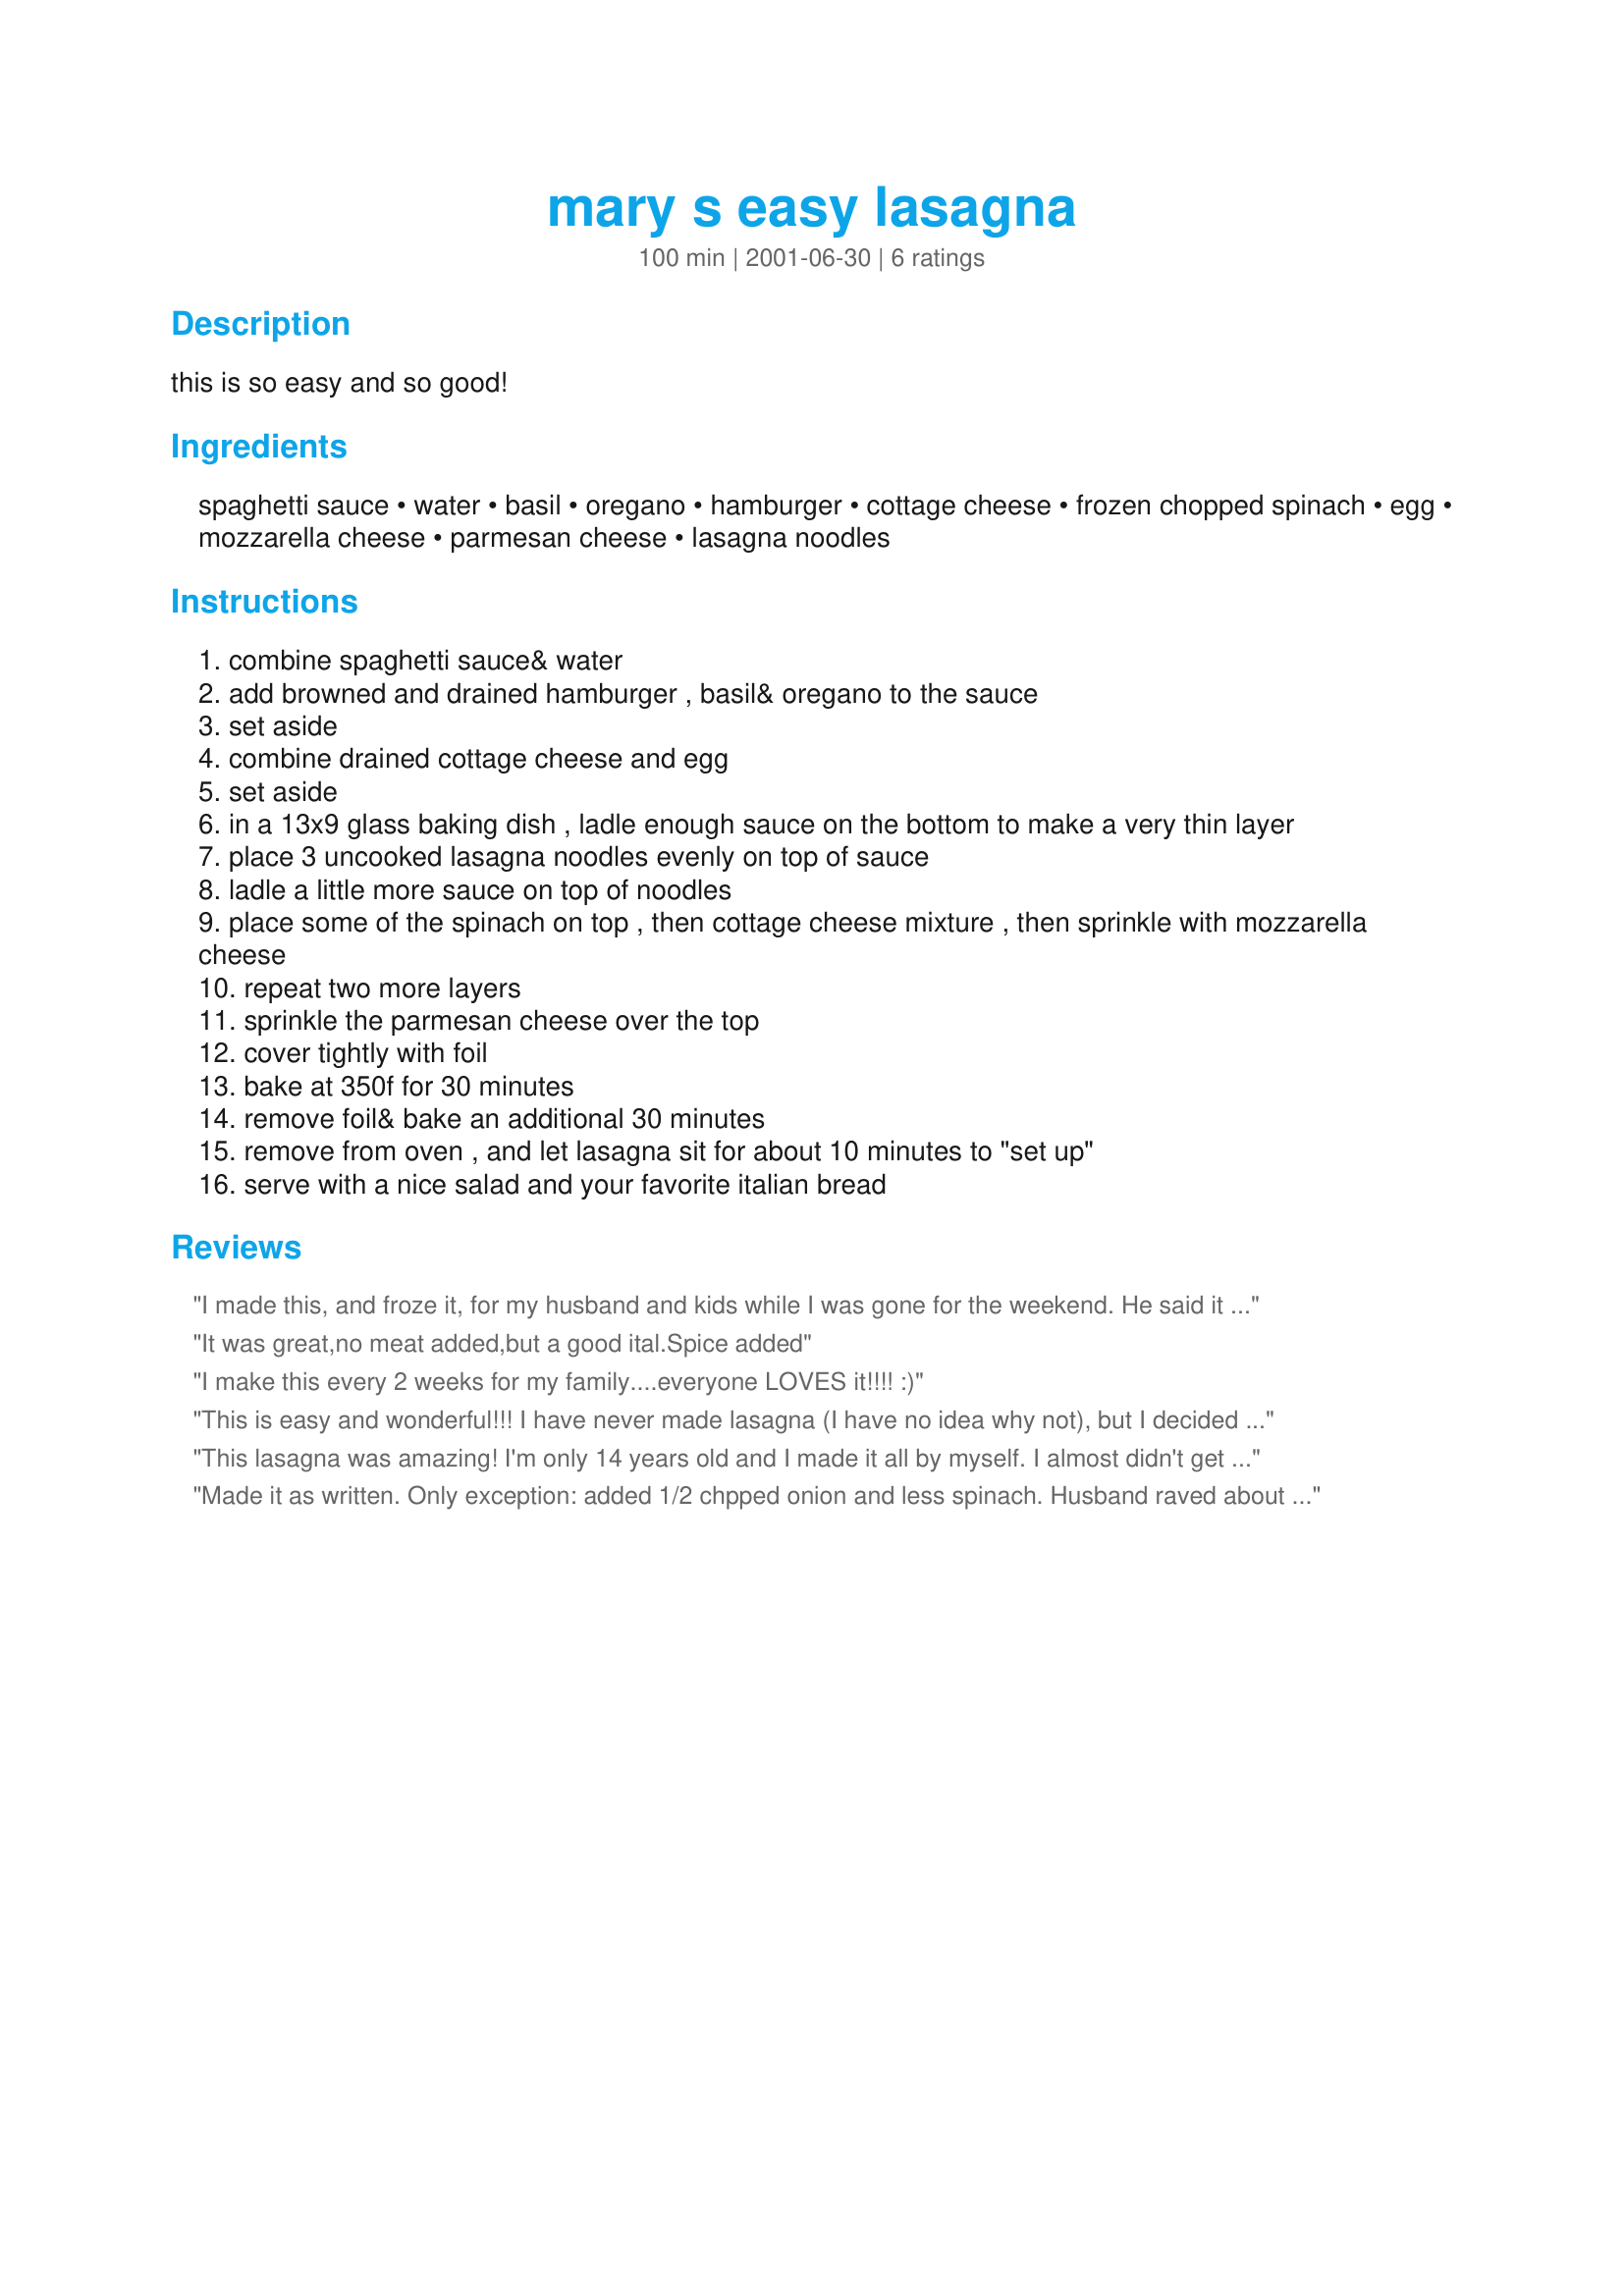
mary s easy lasagna
Preparation time: 100 minutes

this is so easy and so good!

Ingredients:
spaghetti sauce, water, basil, oregano, hamburger, cottage cheese, frozen chopped spinach, egg, mozzarella cheese, parmesan cheese, lasagna noodles

Steps:
combine spaghetti sauce& water
add browned and drained hamburger , basil& oregano to the sauce
set aside
combine drained cottage cheese and egg
set aside
in a 13x9 glass baking dish , ladle enough sauce on the bottom to make a very thin layer
place 3 uncooked lasagna noodles evenly on top of sauce
ladle a little more sauce on top of noodles
place some of the spinach on top , then cottage cheese mixture , then sprinkle with mozzarella cheese
repeat two more layers
sprinkle the parmesan cheese over the top
cover tightly with foil
bake at 350f for 30 minutes
remove foil& bake an additional 30 minutes
remove from oven , and let lasagna sit for about 10 minutes to "set up"
serve with a nice salad and your favorite italian bread

Reviews:
I made this, and froze it, for my husband and kids while I was gone for the weekend. He said it was really good and easy to cook from frozen. I left a loaf of garlic bread too, but not very much of it got eaten, so this must have been good. I used 1 jar of Ragu Chunky and one can of Hunt's traditional spaghetti sauce. I had him cook it for 60 minutes covered and then an additional 20 uncovered.
It was great,no meat added,but a good ital.Spice added
I make this every 2 weeks for my family....everyone LOVES it!!!! :)
This is easy and wonderful!!! I have never made lasagna (I have no idea why not), but I decided to try this recipe first, and I will look no further. It's one of the best lasagnas I've ever had. My husband and daughter loved it, too! Definite keeper. Thanks!
This lasagna was amazing! I'm only 14 years old and I made it all by myself. I almost didn't get any because my family loved it so much. I made it just the way it was. AMAZING recipe!
Made it as written. Only exception: added 1/2 chpped onion and less spinach. Husband raved about it.

It's the same as the lasagna I always make except for the exclusion of the Italian sausage..maybe that's the difference:) Also, it sat for about 30min before eating b/c hubby wasn't home yet. I think that helped the flavors really meld. Thanks! Hubby made it a keeper.
